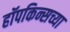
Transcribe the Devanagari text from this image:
हॉपकिन्सच्या